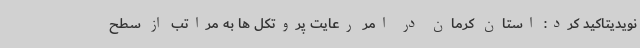
نویدیتاکید کرد: استان کرمان در امر رعایت پروتکل ها به مراتب از سطح